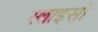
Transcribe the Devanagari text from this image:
स्लाइसों